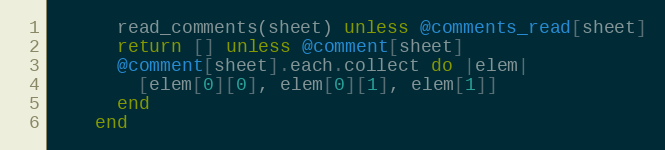
Language: Ruby
      read_comments(sheet) unless @comments_read[sheet]
      return [] unless @comment[sheet]
      @comment[sheet].each.collect do |elem|
        [elem[0][0], elem[0][1], elem[1]]
      end
    end